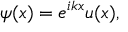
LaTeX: \psi ( x ) = e ^ { i k x } u ( x ) ,